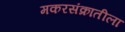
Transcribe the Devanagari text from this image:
मकरसंक्रातीला